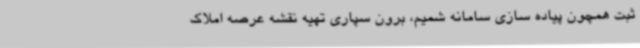
ثبت همچون پیاده سازی سامانه شمیم، برون سپاری تهیه نقشه عرصه املاک